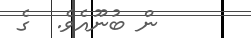
ން ބުނޫއެވެ.  ގެ